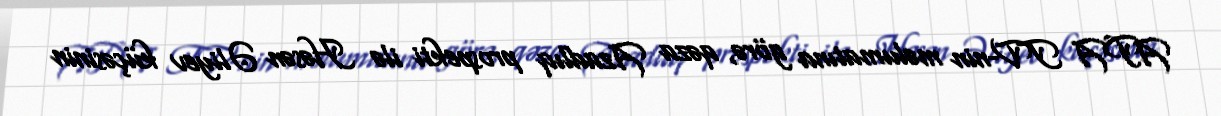
APA TV-nin məlumatına görə, qəza Azadlıq prospekti ilə Həsən Əliyev küçəsinin